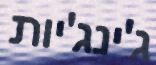
ג'ינג'יות